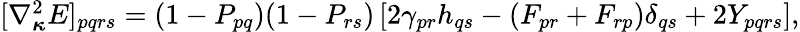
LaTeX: \begin{array}{r}{[\nabla_{{\boldsymbol{\kappa}}}^{2}E]_{pqrs}=(1-P_{pq})(1-P_{rs})\left[2\gamma_{pr}h_{qs}-(F_{pr}+F_{rp})\delta_{qs}+2Y_{pqrs}\right],}\end{array}